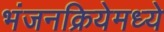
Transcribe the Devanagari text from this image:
भंजनक्रियेमध्ये